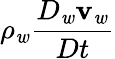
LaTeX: \rho_{\mathit{w}}\frac{{D_{\mathit{w}}{\mathbf{v}}_{\mathit{w}}}}{{Dt}}